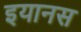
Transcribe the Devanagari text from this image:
इयानस